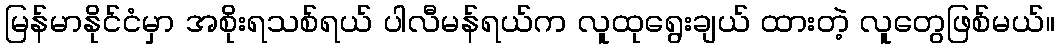
မြန်မာနိုင်ငံမှာ အစိုးရသစ်ရယ် ပါလီမန်ရယ်က လူထုရွေးချယ် ထားတဲ့ လူတွေဖြစ်မယ်။